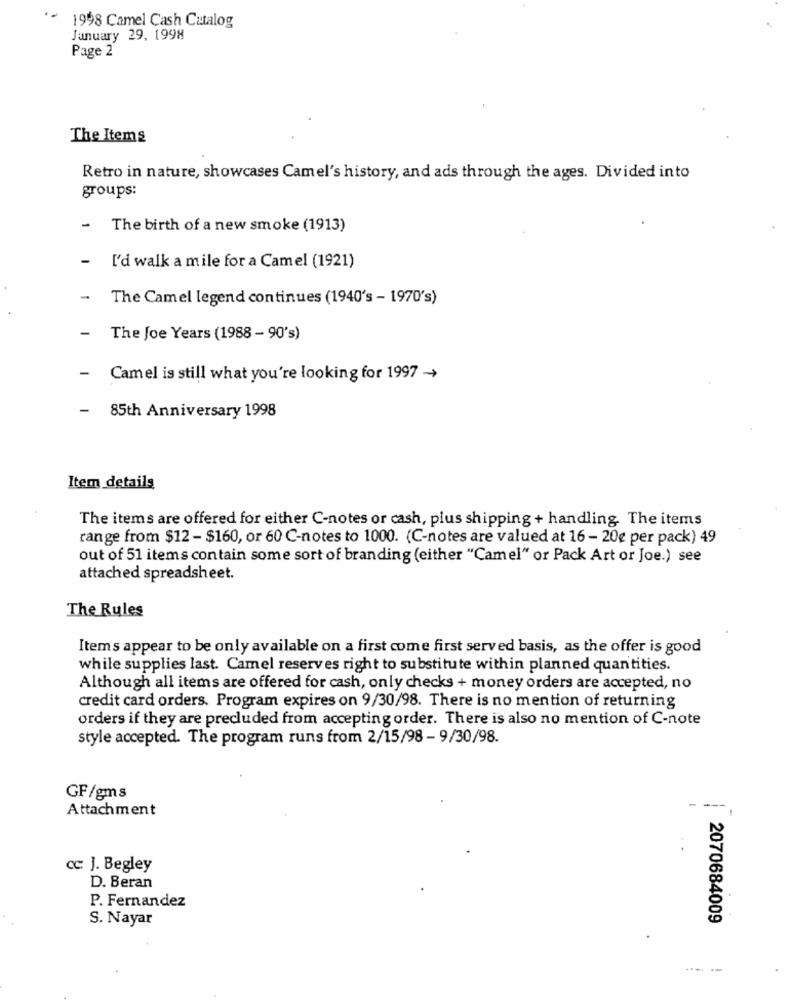
1998 Camel Cash Catalog
January 29, 1998
Page 2
The Items
Retro in nature, showcases Camel's history, and ads through the ages. Divided into
groups:
-
The birth of a new smoke (1913)
-
I'd walk a mile for a Camel (1921)
-
The Camel legend continues (1940's - 1970's)
-
The Joe Years (1988 - 90's)
-
Camel is still what you're looking for 1997 -
- 85th Anniversary 1998
Item details
The items are offered for either C-notes or cash, plus shipping + handling. The items
range from $12 - $160, or 60 C-notes to 1000. (C-notes are valued at 16 - 20€ per pack) 49
out of 51 items contain some sort of branding (either "Camel" or Pack Art or Joe.) see
attached spreadsheet.
The Rules
Items appear to be only available on a first come first served basis, as the offer is good
while supplies last. Camel reserves right to substitute within planned quantities.
Although all items are offered for cash, only checks + money orders are accepted, no
credit card orders. Program expires on 9/30/98. There is no mention of returning
orders if they are precluded from accepting order. There is also no mention of C-note
style accepted. The program runs from 2/15/98 - 9/30/98.
GF/gms
-
Attachment
---
cc: J. Begley
D. Beran
P. Fernandez
S. Nayar
2070684009